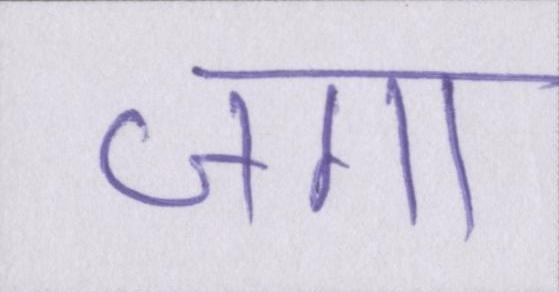
जगा